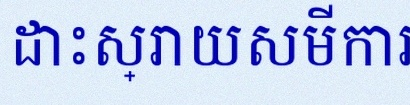
ដោះស្រាយសមីការខាងក្រោម